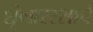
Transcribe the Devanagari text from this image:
शृंगाररसाचे